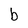
Character: b